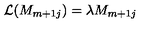
{ \cal L } ( M _ { m + 1 j } ) = \lambda M _ { m + 1 j } \,